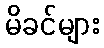
မိခင်များ